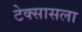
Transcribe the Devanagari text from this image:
टेक्सासला